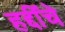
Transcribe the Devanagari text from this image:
हद्दींचे